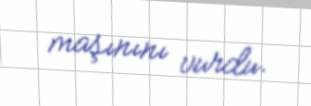
maşınını vurdu.